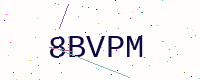
Text: 8BVPM